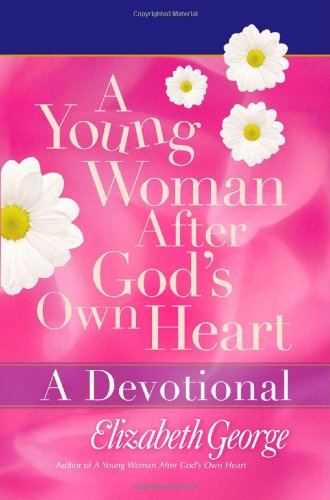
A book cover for A Young Woman After God's Own Heart--A Devotional; Elizabeth George; Christian Books & Bibles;